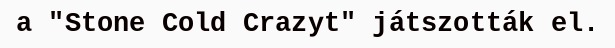
a "Stone Cold Crazyt" játszották el.